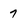
Character: 7